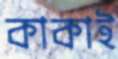
কাকাই